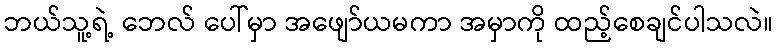
ဘယ်သူ့ရဲ့ ဘေလ် ပေါ်မှာ အဖျော်ယမကာ အမှာကို ထည့်စေချင်ပါသလဲ။